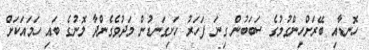
ހޮނޑާއި ބޭރަށްހިންގުމުގެ ސަބަބުން ގިނަ ފަހަރު ހަށިގަނޑުން މަދުވެގެންދާ ލޮނުގެ ބައި ހަމައަކަށް